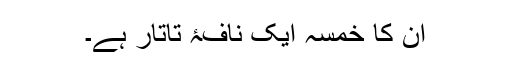
اُن کا خمسہ ایک نافۂ تاتار ہے۔